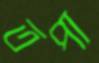
তপা